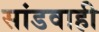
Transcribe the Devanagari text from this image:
सांडवाही